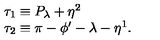
\begin{array} { l } { \tau _ { 1 } \equiv P _ { \lambda } + \eta ^ { 2 } } \\ { \tau _ { 2 } \equiv \pi - \phi ^ { \prime } - \lambda - \eta ^ { 1 } . } \\ \end{array}